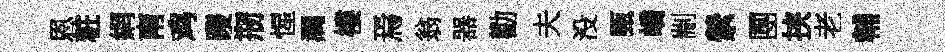
恩粧網南鸡躞剏惺澗樓焉翁器勸夫没甄嶠剬縈圑挟老輔